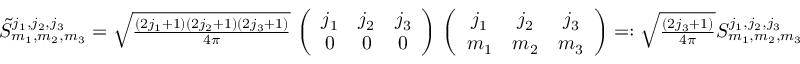
\begin{array} { r } { \tilde { S } _ { m _ { 1 } , m _ { 2 } , m _ { 3 } } ^ { j _ { 1 } , j _ { 2 } , j _ { 3 } } = \sqrt { \frac { ( 2 j _ { 1 } + 1 ) ( 2 j _ { 2 } + 1 ) ( 2 j _ { 3 } + 1 ) } { 4 \pi } } \, \left( \begin{array} { c c c } { j _ { 1 } } & { j _ { 2 } } & { j _ { 3 } } \\ { 0 } & { 0 } & { 0 } \end{array} \right) \, \left( \begin{array} { c c c } { j _ { 1 } } & { j _ { 2 } } & { j _ { 3 } } \\ { m _ { 1 } } & { m _ { 2 } } & { m _ { 3 } } \end{array} \right) = : \sqrt { \frac { ( 2 j _ { 3 } + 1 ) } { 4 \pi } } S _ { m _ { 1 } , m _ { 2 } , m _ { 3 } } ^ { j _ { 1 } , j _ { 2 } , j _ { 3 } } } \end{array}